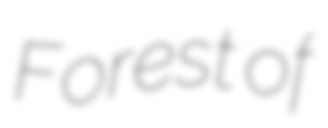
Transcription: Forest of